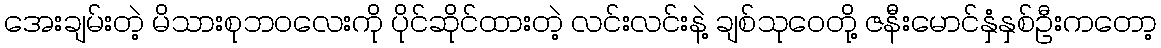
အေးချမ်းတဲ့ မိသားစုဘဝလေးကို ပိုင်ဆိုင်ထားတဲ့ လင်းလင်းနဲ့ ချစ်သုဝေတို့ ဇနီးမောင်နှံနှစ်ဦးကတော့